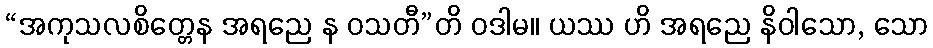
“အကုသလစိတ္တေန အရညေ န ဝသတီ”တိ ဝဒါမ။ ယဿ ဟိ အရညေ နိဝါသော, သော